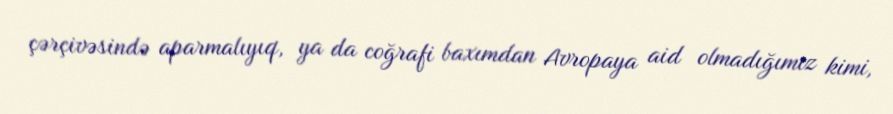
çərçivəsində aparmalıyıq, ya da coğrafi baxımdan Avropaya aid olmadığımız kimi,